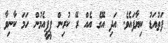
ފަތުއަޑު ކިޔާފައެވެ. އަދި އޭގެ އެއް ރޭ ކުރިން ޕީޕީއެމުން ހަމަ ކާނިވާ